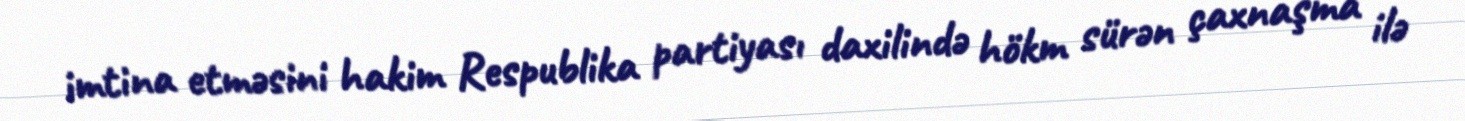
imtina etməsini hakim Respublika partiyası daxilində hökm sürən çaxnaşma ilə